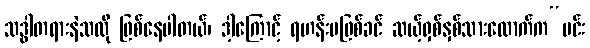
သဒ္ဓါတရားနဲသလို ဖြစ်နေပါတယ်၊ ဒါ့ကြောင့် ရဟန်းမဖြစ်ခင် ဆယ့်ရှစ်နှစ်သားလောက်က“မင်း